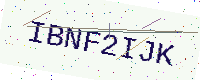
Text: IBNF2IJK